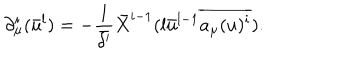
\partial _ { \mu } ^ { i } ( \bar { u } ^ { l } ) = - \frac { 1 } { \bar { \delta ^ { \prime } } } \bar { X } ^ { i - 1 } ( l \bar { u } ^ { l - 1 } \overline { { { a _ { \mu } ( u ) ^ { i } } } } ) .